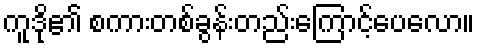
ကူဒို၏ စကားတစ်ခွန်းတည်းကြောင့်ပေလော။